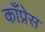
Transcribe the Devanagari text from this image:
काँप्रेस